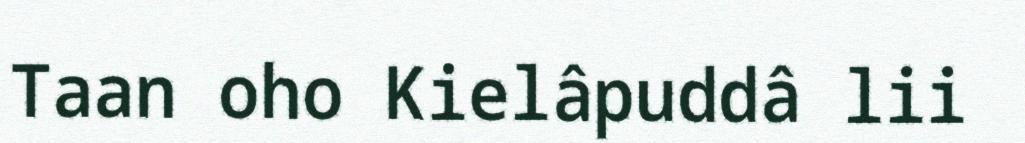
Taan oho Kielâpuddâ lii